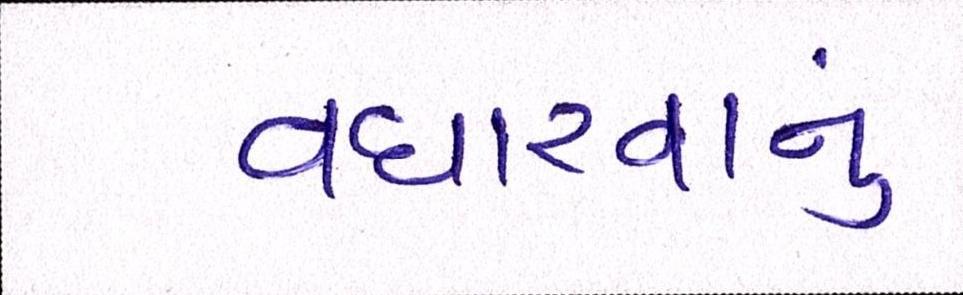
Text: વધારવાનું